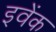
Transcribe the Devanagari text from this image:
इवेंक